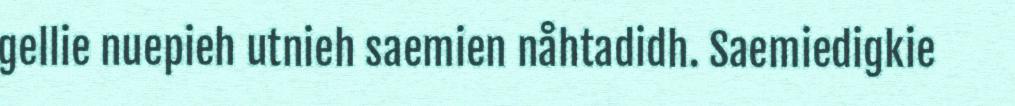
gellie nuepieh utnieh saemien nåhtadidh. Saemiedigkie